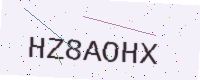
Text: HZ8AOHX